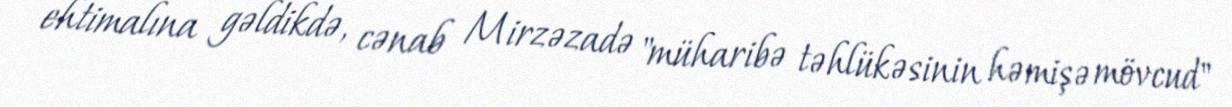
ehtimalına gəldikdə, cənab Mirzəzadə "müharibə təhlükəsinin həmişə mövcud"